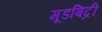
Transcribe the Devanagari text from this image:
मूडबिद्री